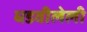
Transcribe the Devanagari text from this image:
घडवीलेली